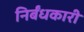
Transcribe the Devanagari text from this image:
निर्बंधकारी